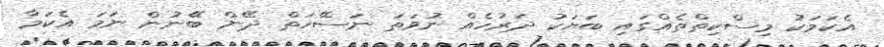
އެކަމަކު މިސްކިތްތެއްގައި ބަޔަކު ދަރުހެއް ނުވަތަ ނަސޭހަތް ދޭން ބޭނުން ނަމަ އެކަމާ